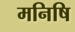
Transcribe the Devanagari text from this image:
मनिषि